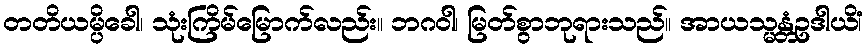
တတိယမ္ပိခေါ၊ သုံးကြိမ်မြောက်လည်း။ ဘဂဝါ၊ မြတ်စွာဘုရားသည်။ အာယသ္မန္တံဥဒါယိံ၊